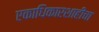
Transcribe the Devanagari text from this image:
एकाधिकारशाहीचा